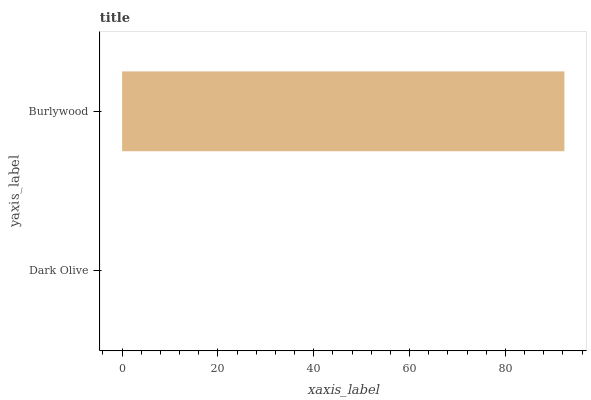
| yaxis_label | bars |
 | --- | --- |
 | Dark Olive | 0 |
 | Burlywood | 92.3 |